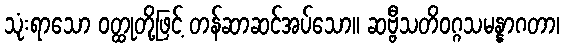
သုံးရာသော ဝတ္ထုတို့ဖြင့် တန်ဆာဆင်အပ်သော။ ဆဗ္ဗီသတိဝဂ္ဂသမန္နာဂတာ၊